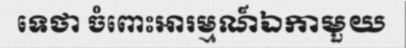
ទេថា ចំពោះអារម្មណ៍ឯកាមួយ